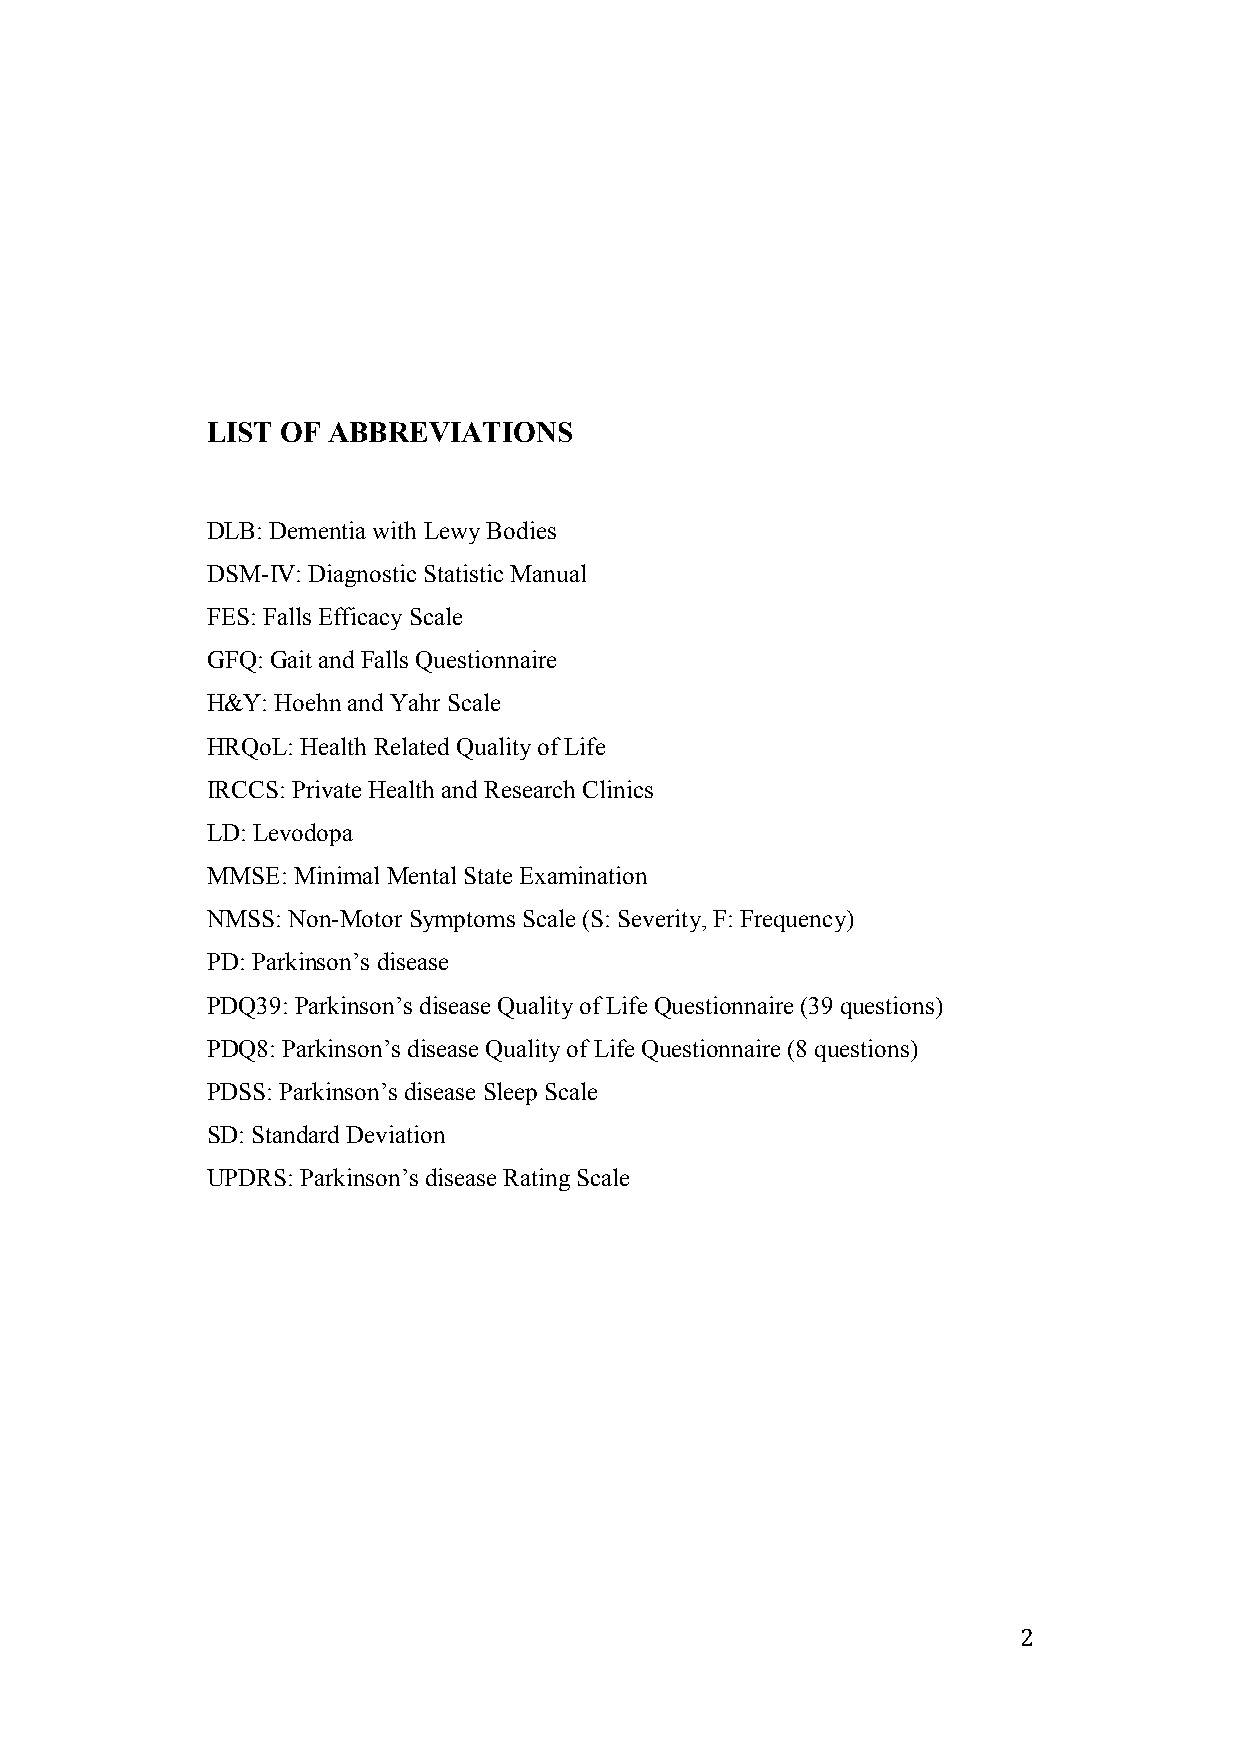
LIST OF ABBREVIATIONS
 DLB: Dementia with Lewy Bodies
 DSM-IV: Diagnostic Statistic Manual
 FES: Falls Efficacy Scale
 GFQ: Gait and Falls Questionnaire
 H&Y: Hoehn and Yahr Scale
 HRQoL: Health Related Quality of Life
 IRCCS: Private Health and Research Clinics
 LD: Levodopa
 MMSE: Minimal Mental State Examination
 NMSS: Non-Motor Symptoms Scale (S: Severity, F: Frequency)
 PD: Parkinson’s disease
 PDQ39: Parkinson’s disease Quality of Life Questionnaire (39 questions)
 PDQ8: Parkinson’s disease Quality of Life Questionnaire (8 questions)
 PDSS: Parkinson’s disease Sleep Scale
 SD: Standard Deviation
 UPDRS: Parkinson’s disease Rating Scale
 2